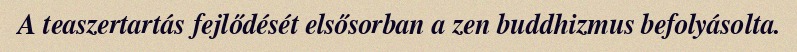
A teaszertartás fejlődését elsősorban a zen buddhizmus befolyásolta.